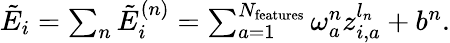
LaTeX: \begin{array}{r}{\tilde{E}_{i}=\sum_{n}\tilde{E}_{i}^{(n)}=\sum_{a=1}^{N_{\mathrm{features}}}\omega_{a}^{n}z_{i,a}^{l_{n}}+b^{n}.}\end{array}